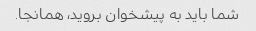
شما باید به پیشخوان بروید، همانجا.